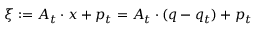
\xi : = A _ { t } \cdot x + p _ { t } = A _ { t } \cdot ( q - q _ { t } ) + p _ { t }